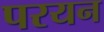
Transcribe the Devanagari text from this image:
परयन